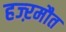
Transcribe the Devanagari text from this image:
हज्ऱमौत